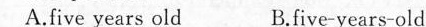
A.five years old B.five-years-old